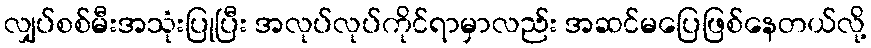
လျှပ်စစ်မီးအသုံးပြုပြီး အလုပ်လုပ်ကိုင်ရာမှာလည်း အဆင်မပြေဖြစ်နေတယ်လို့